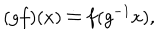
LaTeX: ( g f ) ( x ) \doteq f ( g ^ { - 1 } x ) ,